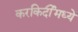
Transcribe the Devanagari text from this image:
करकिर्दीमध्ये